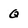
Character: q